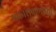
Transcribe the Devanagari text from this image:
प्रकाशकणांच्या